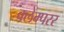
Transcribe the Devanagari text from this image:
क्लेम्परर